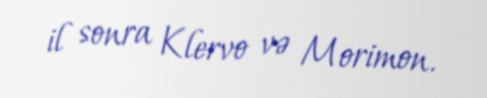
il sonra Klervo və Morimon.